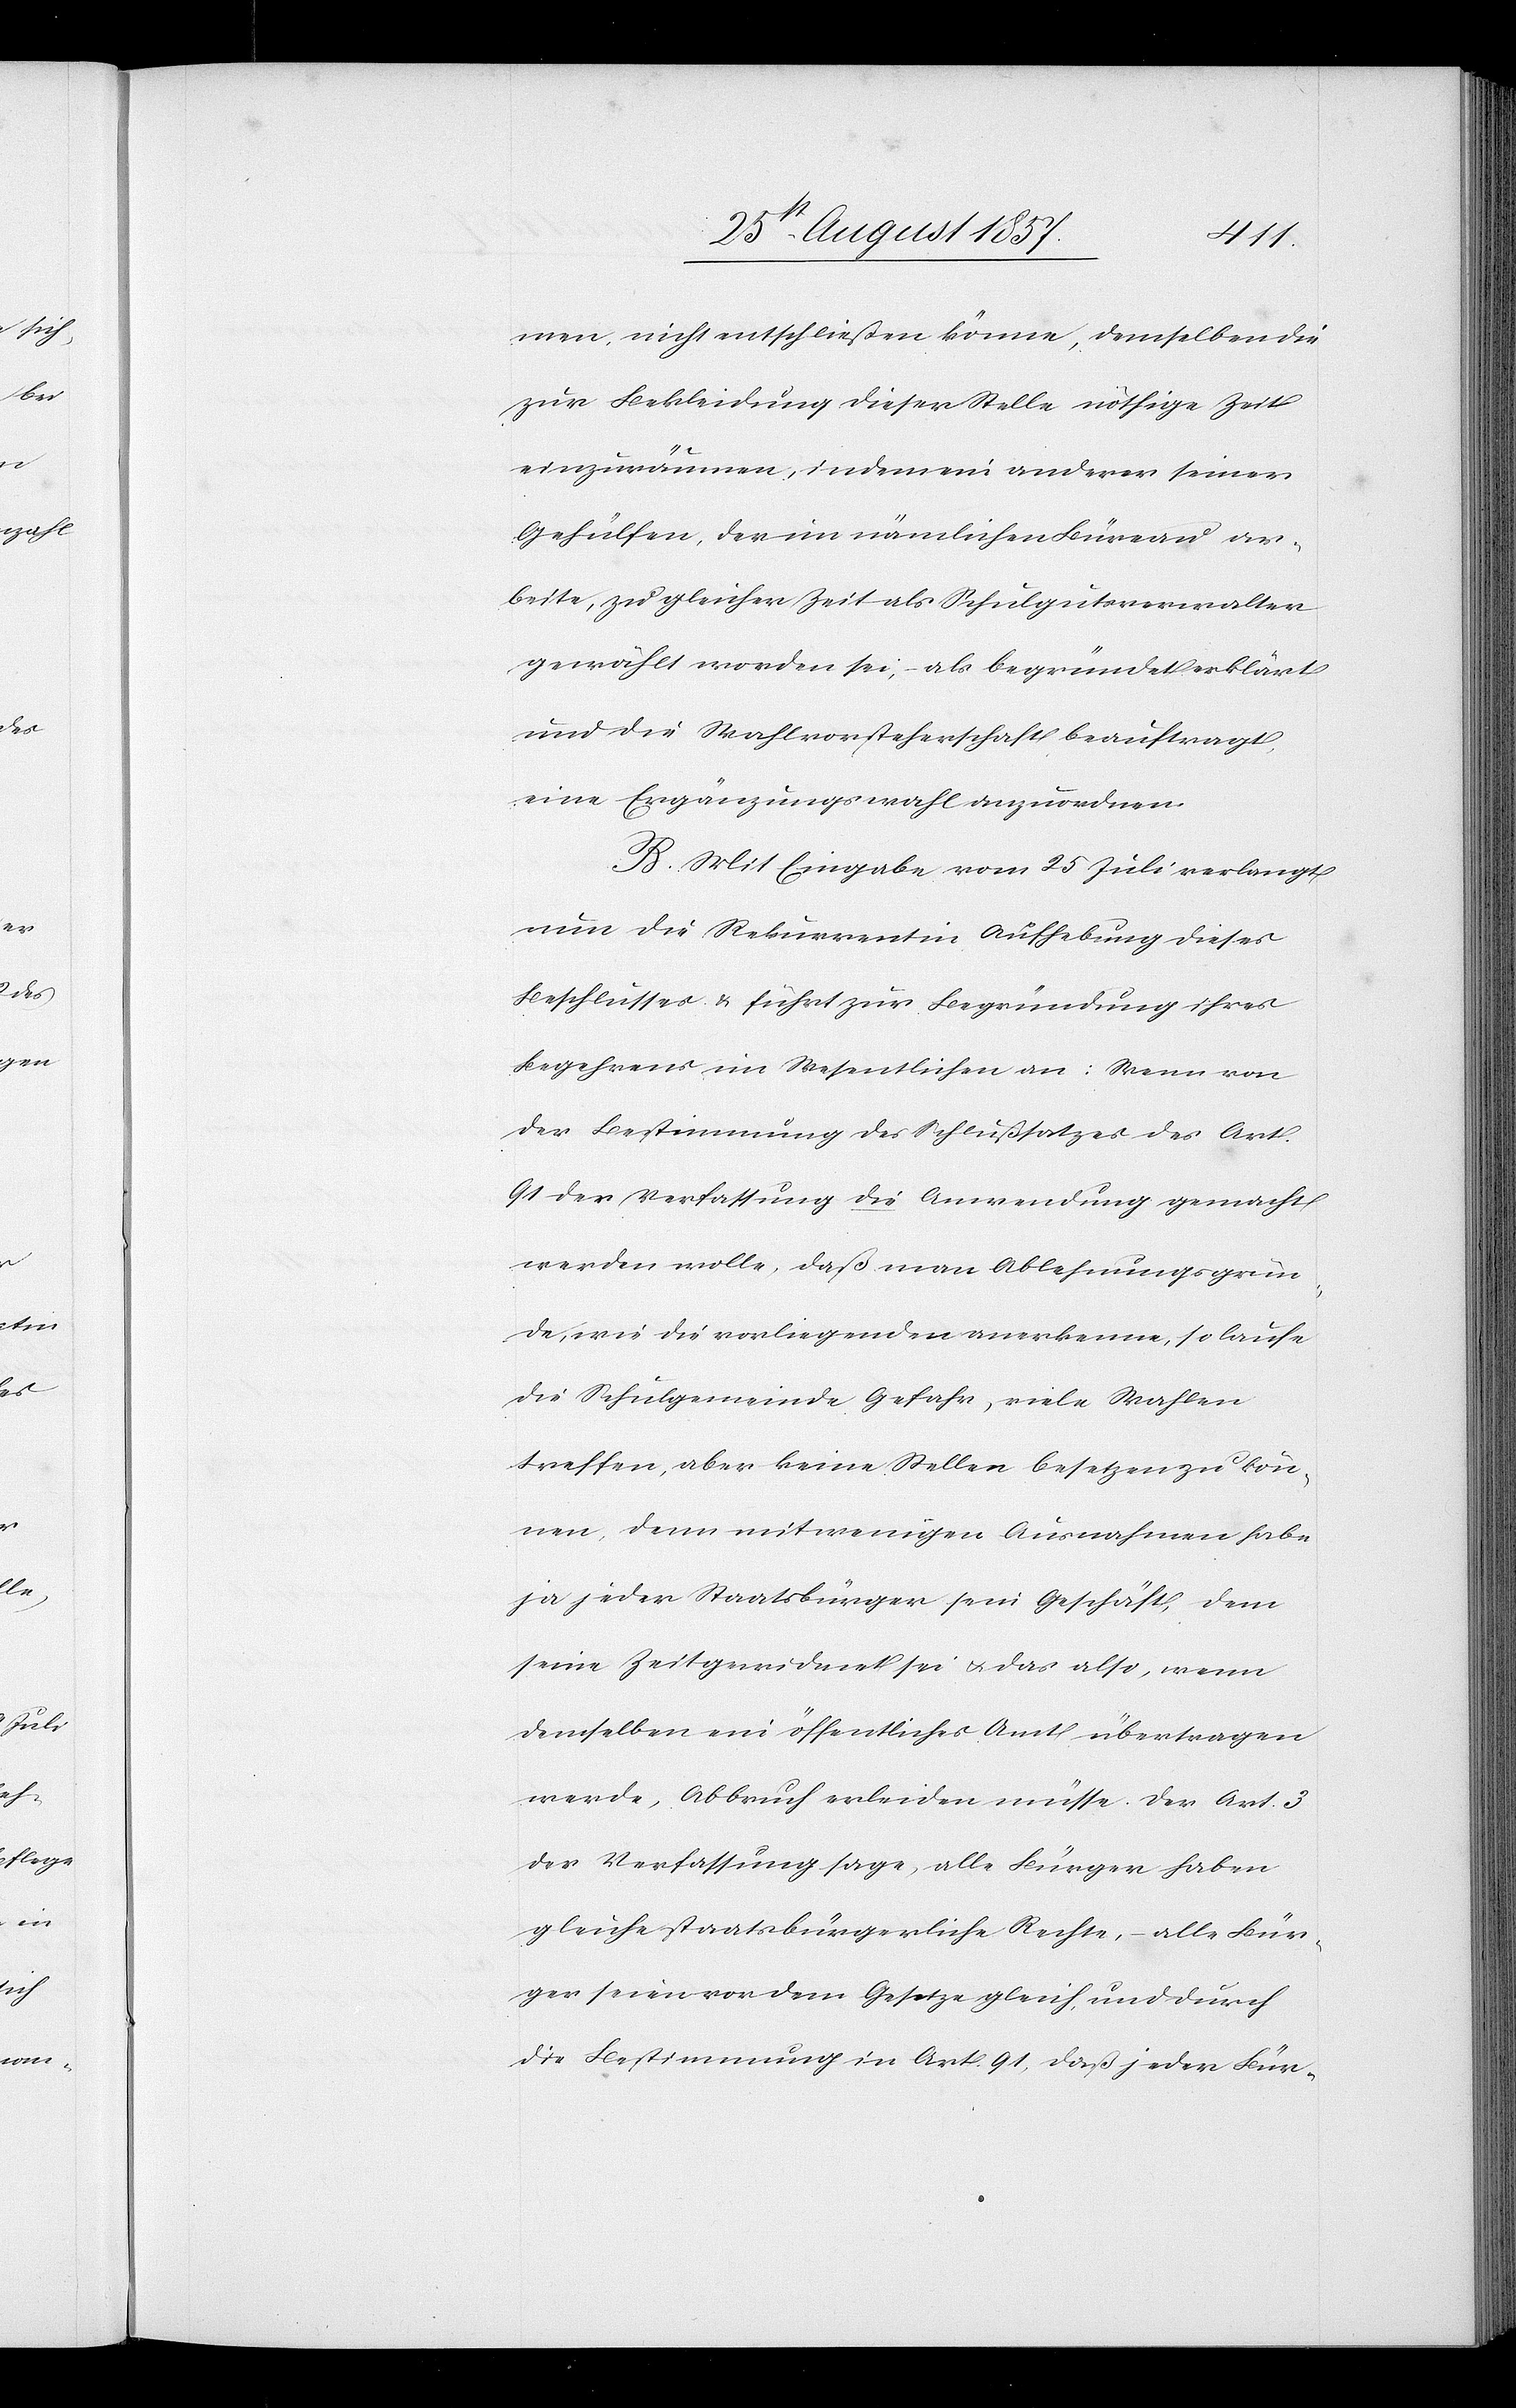
men, nicht entschließen könne, demselben die
zur Bekleidung dieser Stelle nöthige Zeit
einzuräumen, indem ein anderer seiner
Gehülfen, der im nämlichen Büreau ar¬
beite, zu gleicher Zeit als Schulgutsverwalter
gewählt worden sei, – als begründet erklärt
und die Wahlvorsteherschaft beauftragt,
eine Ergänzungswahl anzuordnen.
B. Mit Eingabe vom 25 Juli verlangt
nun die Rekurrentin Aufhebung dieses
Beschlusses & führt zur Begründung ihres
Begehrens im Wesentlichen an: Wenn von
der Bestimmung des Schlußsatzes des Art.
91 der Verfassung die Anwendung gemacht
werden wolle, daß man Ablehnungsgrün¬
de, wie die vorliegenden anerkenne, so laufe
die Schulgemeinde Gefahr, viele Wahlen
treffen, aber keine Stellen besetzen zu kön¬
nen, denn mit wenigen Ausnahmen habe
ja jeder Staatsbürger sein Geschäft, dem
seine Zeit gewidmet sei & das also, wenn
demselben ein öffentliches Amt übertragen
werde, Abbruch erleiden müsse. Der Art. 3
der Verfassung sage, alle Bürger haben
gleiche staatsbürgerliche Rechte, – alle Bür¬
ger seien vor dem Gesetze gleich, und durch
die Bestimmung in Art. 91, daß jeder Bür-